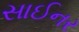
સાઈનર